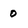
Character: 0